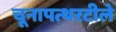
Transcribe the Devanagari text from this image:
चूनापत्थरटीले